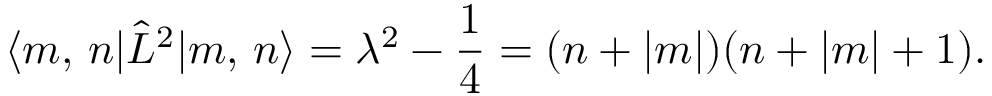
\langle m , \, n | \hat { L } ^ { 2 } | m , \, n \rangle = \lambda ^ { 2 } - \frac 1 4 = ( n + | m | ) ( n + | m | + 1 ) .